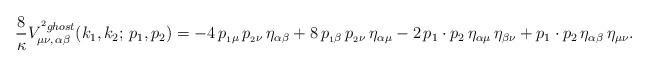
LaTeX: \begin{align*}\displaystyle{\frac {8}{\kappa}}V^{^2ghost}_{\mu\nu,\,\alpha\beta}(k_1,k_2;\,p_1,p_2)=-4\,p_{_1\mu }\,p_{_2\nu }\,\eta_{\alpha \beta } + 8\,p_{_1\beta }\,p_{_2\nu }\,\eta_{\alpha \mu } - 2\,p_1 \cdot p_2\,\eta_{\alpha \mu }\,\eta_{\beta \nu } + p_1 \cdot p_2\,\eta_{\alpha \beta }\,\eta_{\mu \nu }.\end{align*}